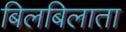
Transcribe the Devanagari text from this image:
बिलबिलाता